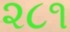
૨૮૧